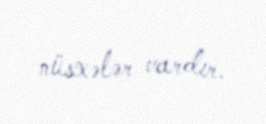
nüsxələr vardır.